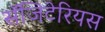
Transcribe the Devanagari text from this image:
सॅजिटेरियस